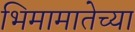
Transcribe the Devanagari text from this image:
भिमामातेच्या